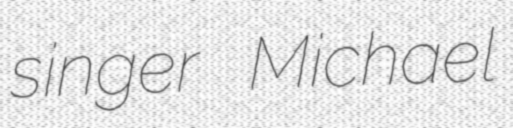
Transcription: singer Michael